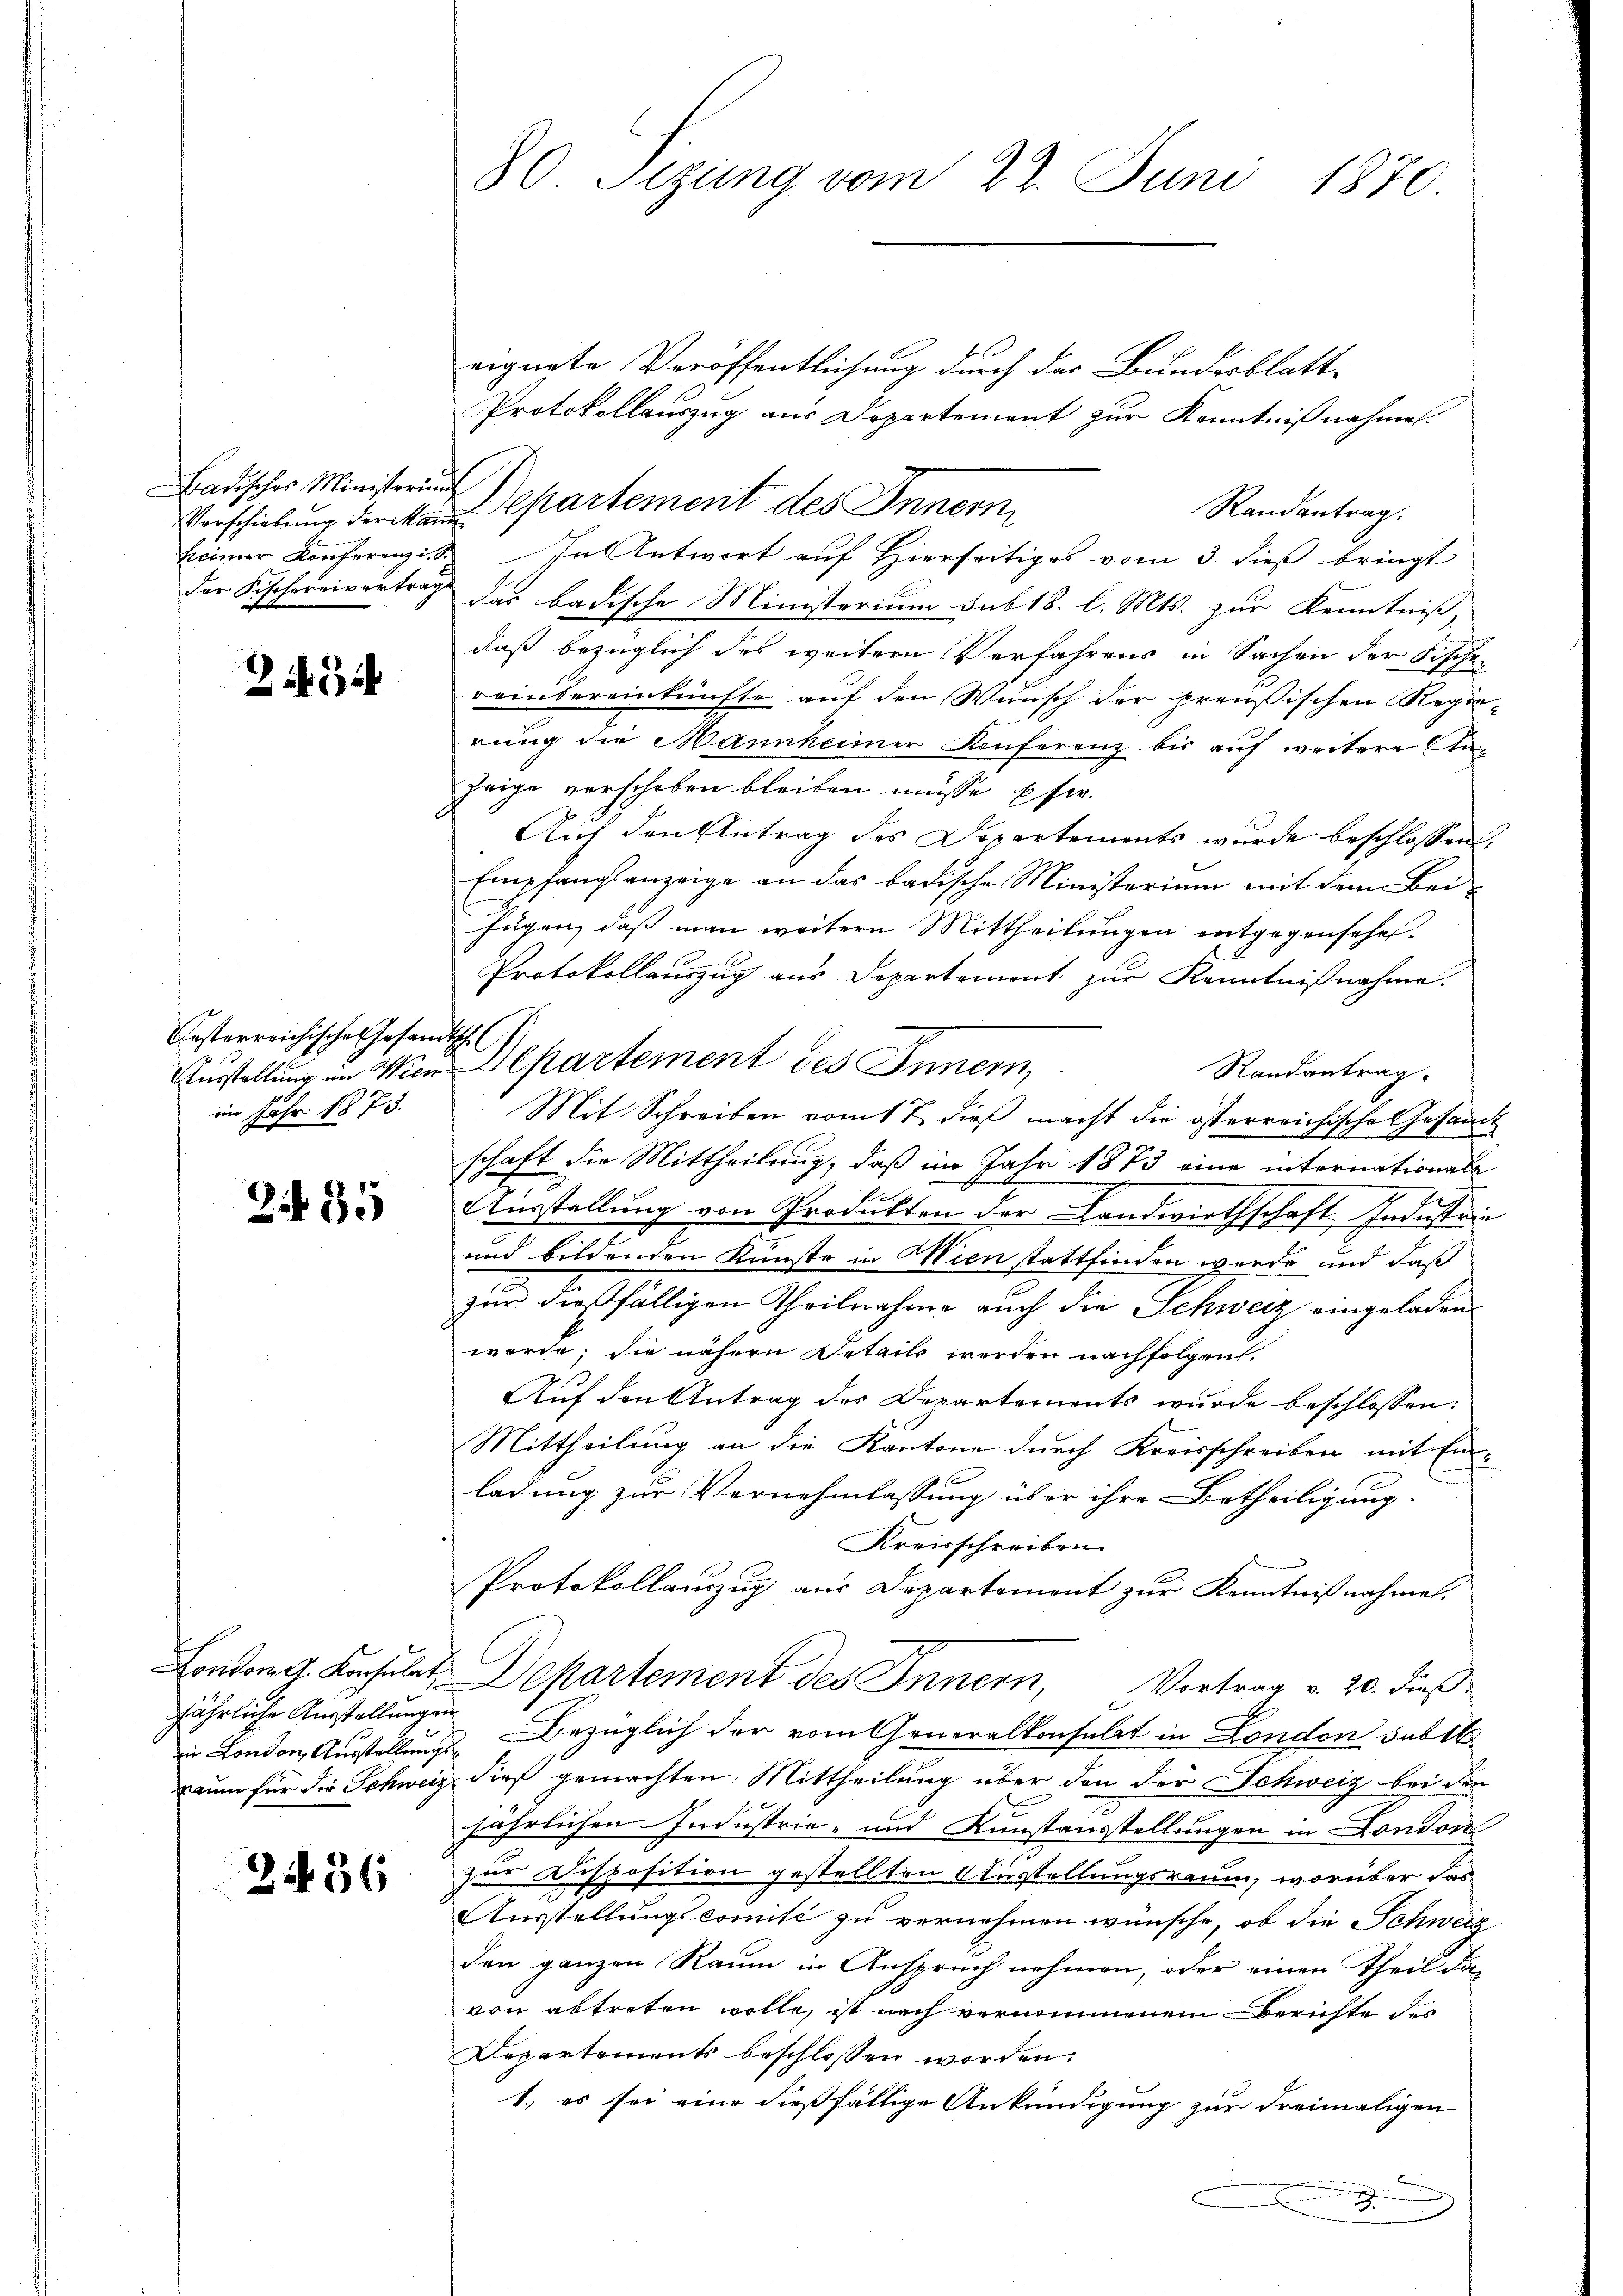
Verschiebung der kann

2434

Posterreichisches Gesandtsch.
im Jahr 1873.

2435

jährliche Ausstellungen

2436

eignete Veröffentlichung durch das Bundesblatt-
Protokollauszug aus Departement zur Kenntnißnahmen.
Badisches Ministerungs Departement des Innern
Randantrag.
keimer Konferenz. In Antwort auf Hierseitiges vom 3. dieß bringt
der Fischereivertrag das badische Ministerium sub 18. l. Mts. zur Kenntniß,
daß bezüglich des weitern Verfahrens in Sachen der Fische
reinbereinkünfte auf den Wunsch der preußischen Regierung die Mannheimer Konferenz bis auf weitere Anzeige verschoben bleiben müsse usw.
Auf den Antrag des Departements wurde beschlossen
Empfangsanzeige an das badische Ministerium mit dem Bei-
fügen, daß man weitern Mittheilungen entgegensehen.
Protokollauszug aus Departement zur Kenntnißnahme.
Randantrag.
Mit Schreiben vom 17. dieß macht die österreichische Gesam
schaft die Mittheilung, daß im Jahr 1873 eine internationale
Ausstellung von Produkten der Landwirthschaft Industrie
und bildenden Kunste in Wien stattfinden werde und daß
zur dießfälligen Theilnahme auch die Schweiz eingeladen.
werde; die nähern Details werden nachfolgen.
Auf den Antrag des Departements wurde beschlossen:
Mittheilung an die Kantone durch Kreisschreiben mit Ein¬
 f
ladung zur Vernehmlassung über ihre Betheiligung.
Kreisschreiben
Protokollauszug aus Departement zur Kenntnißnahmen.
London G. Kuchelet, Departement des Innern, Vortrag v. 20. dieß
in London, Ausstellungs-Bezüglich der vom Generalkonsulat in London subst
raum für die Schweiz dieß gemachten Mittheilung über den der Schweiz bei den
jährlichen Industrie- und Kunstausstellungen in London
zur Disposition gestellten Ausstellungsraum, worüber das
Ausstellungscomité zu vernehmen wünsche, ob die Schweiz
den ganzen Raum in Anspruch nehmen, oder einen Theil da
von abtreten wolle, ist nach vernommenem Berichte de
Departements beschlossen worden.
1. es sei eine dießfällige Ankündigung zur Freimaligen
C
e

80. Sizung vom 27. Juni 1870.

Austellung in Wien Departement des Innern,